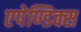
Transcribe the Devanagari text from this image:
एपेण्डिक्स